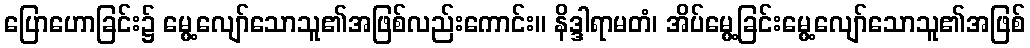
ပြောဟောခြင်း၌ မွေ့လျော်သောသူ၏အဖြစ်လည်းကောင်း။ နိဒ္ဒါရာမတံ၊ အိပ်မွေ့ခြင်းမွေ့လျော်သောသူ၏အဖြစ်